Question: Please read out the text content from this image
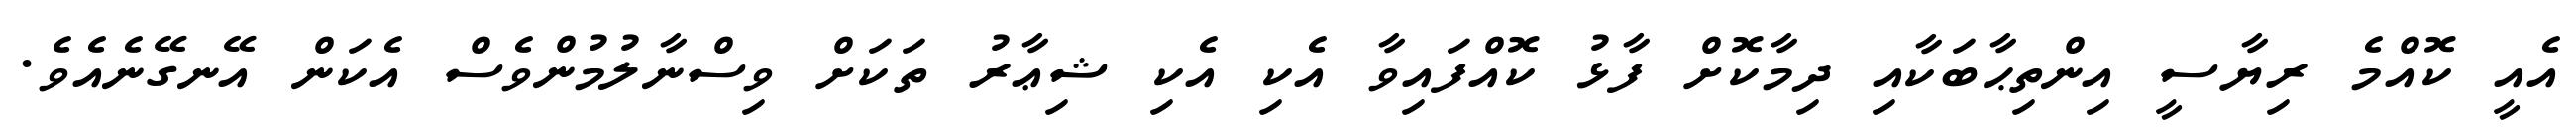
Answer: އެއީ ކޮއްމެ ރިޔާސީ އިންތިޙާބަކާއި ދިމާކޮށް ފާޅު ކޮއްފައިވާ އެކި އެކި ޝިޢާރު ތަކަށް ވިސްނާލުމުންވެސް އެކަން އޭނގޭނެއެވެ.